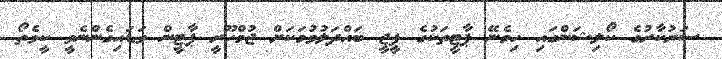
ސަރުކާރުގެ ކޯލިޝަންގައި ހިމެނޭ ޕާާޓީތަކުގެ ޕީޖީ ބައްދަލުވުމަކަށް ޖުމްހޫރީ ޕާޓީން ވަޑައިގެންނެވީ ކީވެތޯ